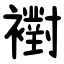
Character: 襨